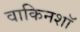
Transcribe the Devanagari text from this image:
वाकिनशॉ